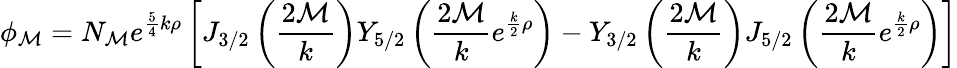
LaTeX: \phi_{\mathcal{M}}=N_{\mathcal{M}}e^{{\frac{{5}}{{4}}}k\rho}\left[J_{3/2}\left({\frac{{2\mathcal{M}}}{{k}}}\right)Y_{5/2}\left({\frac{{2\mathcal{M}}}{{k}}}e^{{\frac{{k}}{{2}}}\rho}\right)-Y_{3/2}\left({\frac{{2\mathcal{M}}}{{k}}}\right)J_{5/2}\left({\frac{{2\mathcal{M}}}{{k}}}e^{{\frac{{k}}{{2}}}\rho}\right)\right]